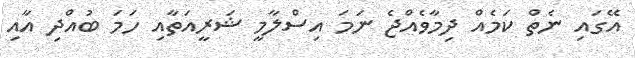
އޭގައި ނެތް ކަމެއް ދިމާވެއްޖެ ނަމަ އިސްލާމީ ޝަރީއަތާއި ހަމަ ބުއްދި އާއި